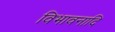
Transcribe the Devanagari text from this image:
विभावनादि